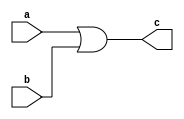
`timescale 1ns / 1ps
//////////////////////////////////////////////////////////////////////////////////
// Company: 
// Engineer: 
// 
// Design Name: 
// Module Name: huotwo
// Project Name: 
// Target Devices: 
// Tool Versions: 
// Description: 
// 
// Dependencies: 
// 
// Revision:
// Revision 0.01 - File Created
// Additional Comments:
// 
//////////////////////////////////////////////////////////////////////////////////


module huotwo(
    input a,
    input b,
    output c
    );
    assign c=a|b;
endmodule